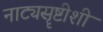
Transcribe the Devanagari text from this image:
नाट्यसॄष्टीशी